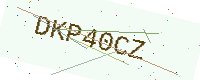
Text: DKP40CZ